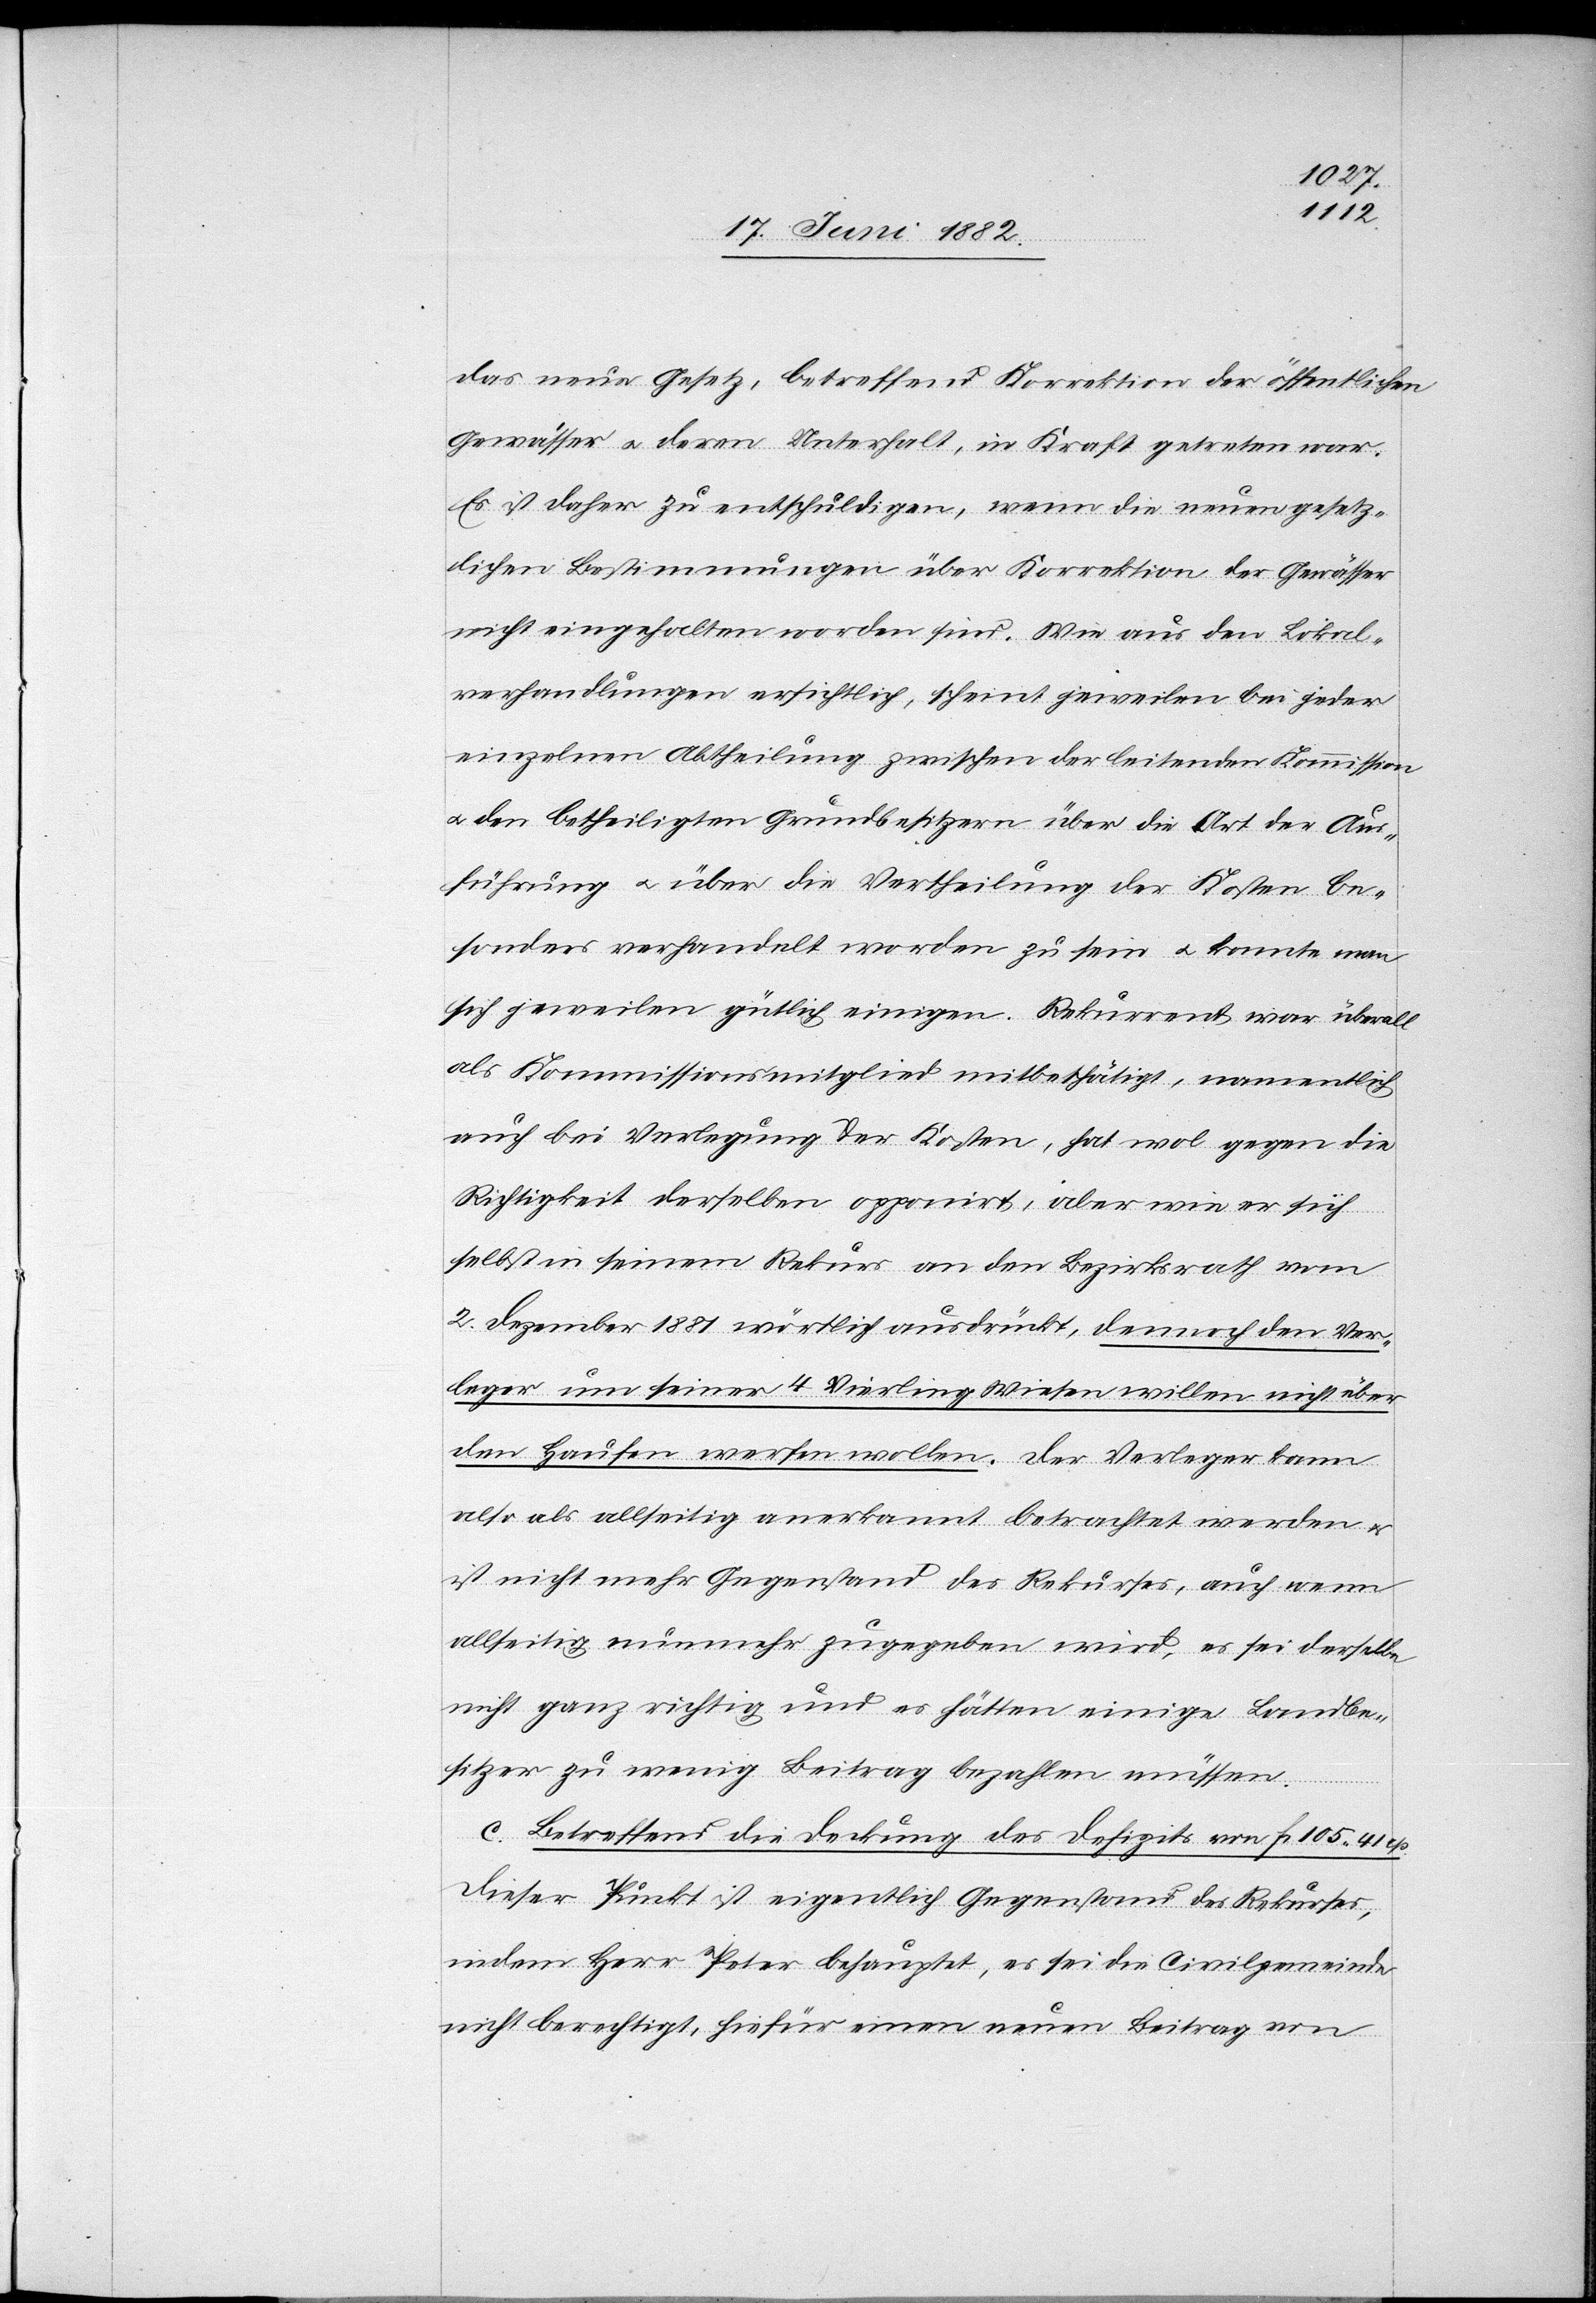
das neue Gesetz, betreffend Korrektion der öffentlichen
Gewässer u. deren Unterhalt, in Kraft getreten war.
Es ist daher zu entschuldigen, wenn die neuen gesetz¬
lichen Bestimmungen über Korrektion der Gewässer
nicht eingehalten worden sind. Wie aus den Lokal¬
verhandlungen ersichtlich, scheint jeweilen bei jeder
einzelnen Abtheilung zwischen der leitenden Kommission
u. den betheiligten Grundbesitzern über die Art der Aus¬
führung u. über die Vertheilung der Kosten be¬
sonders verhandelt worden zu sein u. konnte man
sich jeweilen gütlich einigen. Rekurrent war überall
als Kommissionsmitglied mitbethätigt, namentlich
auch bei Verlegung der Kosten, hat wol gegen die
Richtigkeit derselben opponirt, aber wie er sich
selbst in seinem Rekurs an den Bezirksrath vom
2. Dezember 1881 wörtlich ausdrückte, dennoch den Ver¬
leger um seiner 4 Vierling Wiesen willen nicht über
den Haufen werfen wollen. Der Verleger kann
also als allseitig anerkannt betrachtet werden u.
ist nicht mehr Gegenstand des Rekurses, auch wenn
allseitig nunmehr zugegeben wird, es sei derselbe
nicht ganz richtig und es hätten einige Landbe¬
sitzer zu wenig Beitrag bezahlen müssen.
C. Betreffend die Deckung des Defizits von Fr. 105 41 cts.
Dieser Punkt ist eigentlich Gegenstand des Rekurses,
indem Herr Peter behauptet, es sei die Civilgemeinde
nicht berechtigt, hiefür einen neuen Beitrag von